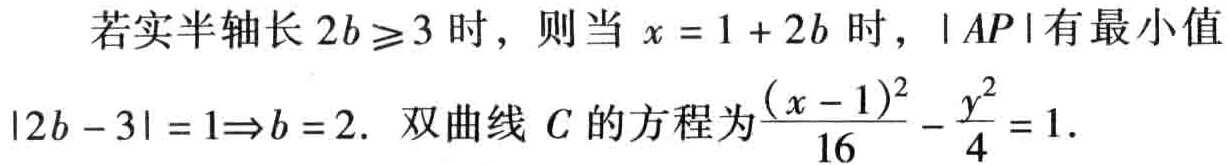
若实半轴长 \(2b\geq3\) 时，则当 \(x = 1 + 2b\) 时，\(\vert AP\vert\) 有最小值\(\vert 2b - 3\vert = 1\Rightarrow b = 2\). 双曲线 \(C\) 的方程为\(\frac{(x - 1)^2}{16}-\frac{y^2}{4}=1\).